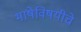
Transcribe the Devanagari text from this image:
भाषेविषयीचे